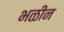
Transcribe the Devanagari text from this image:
भळीन